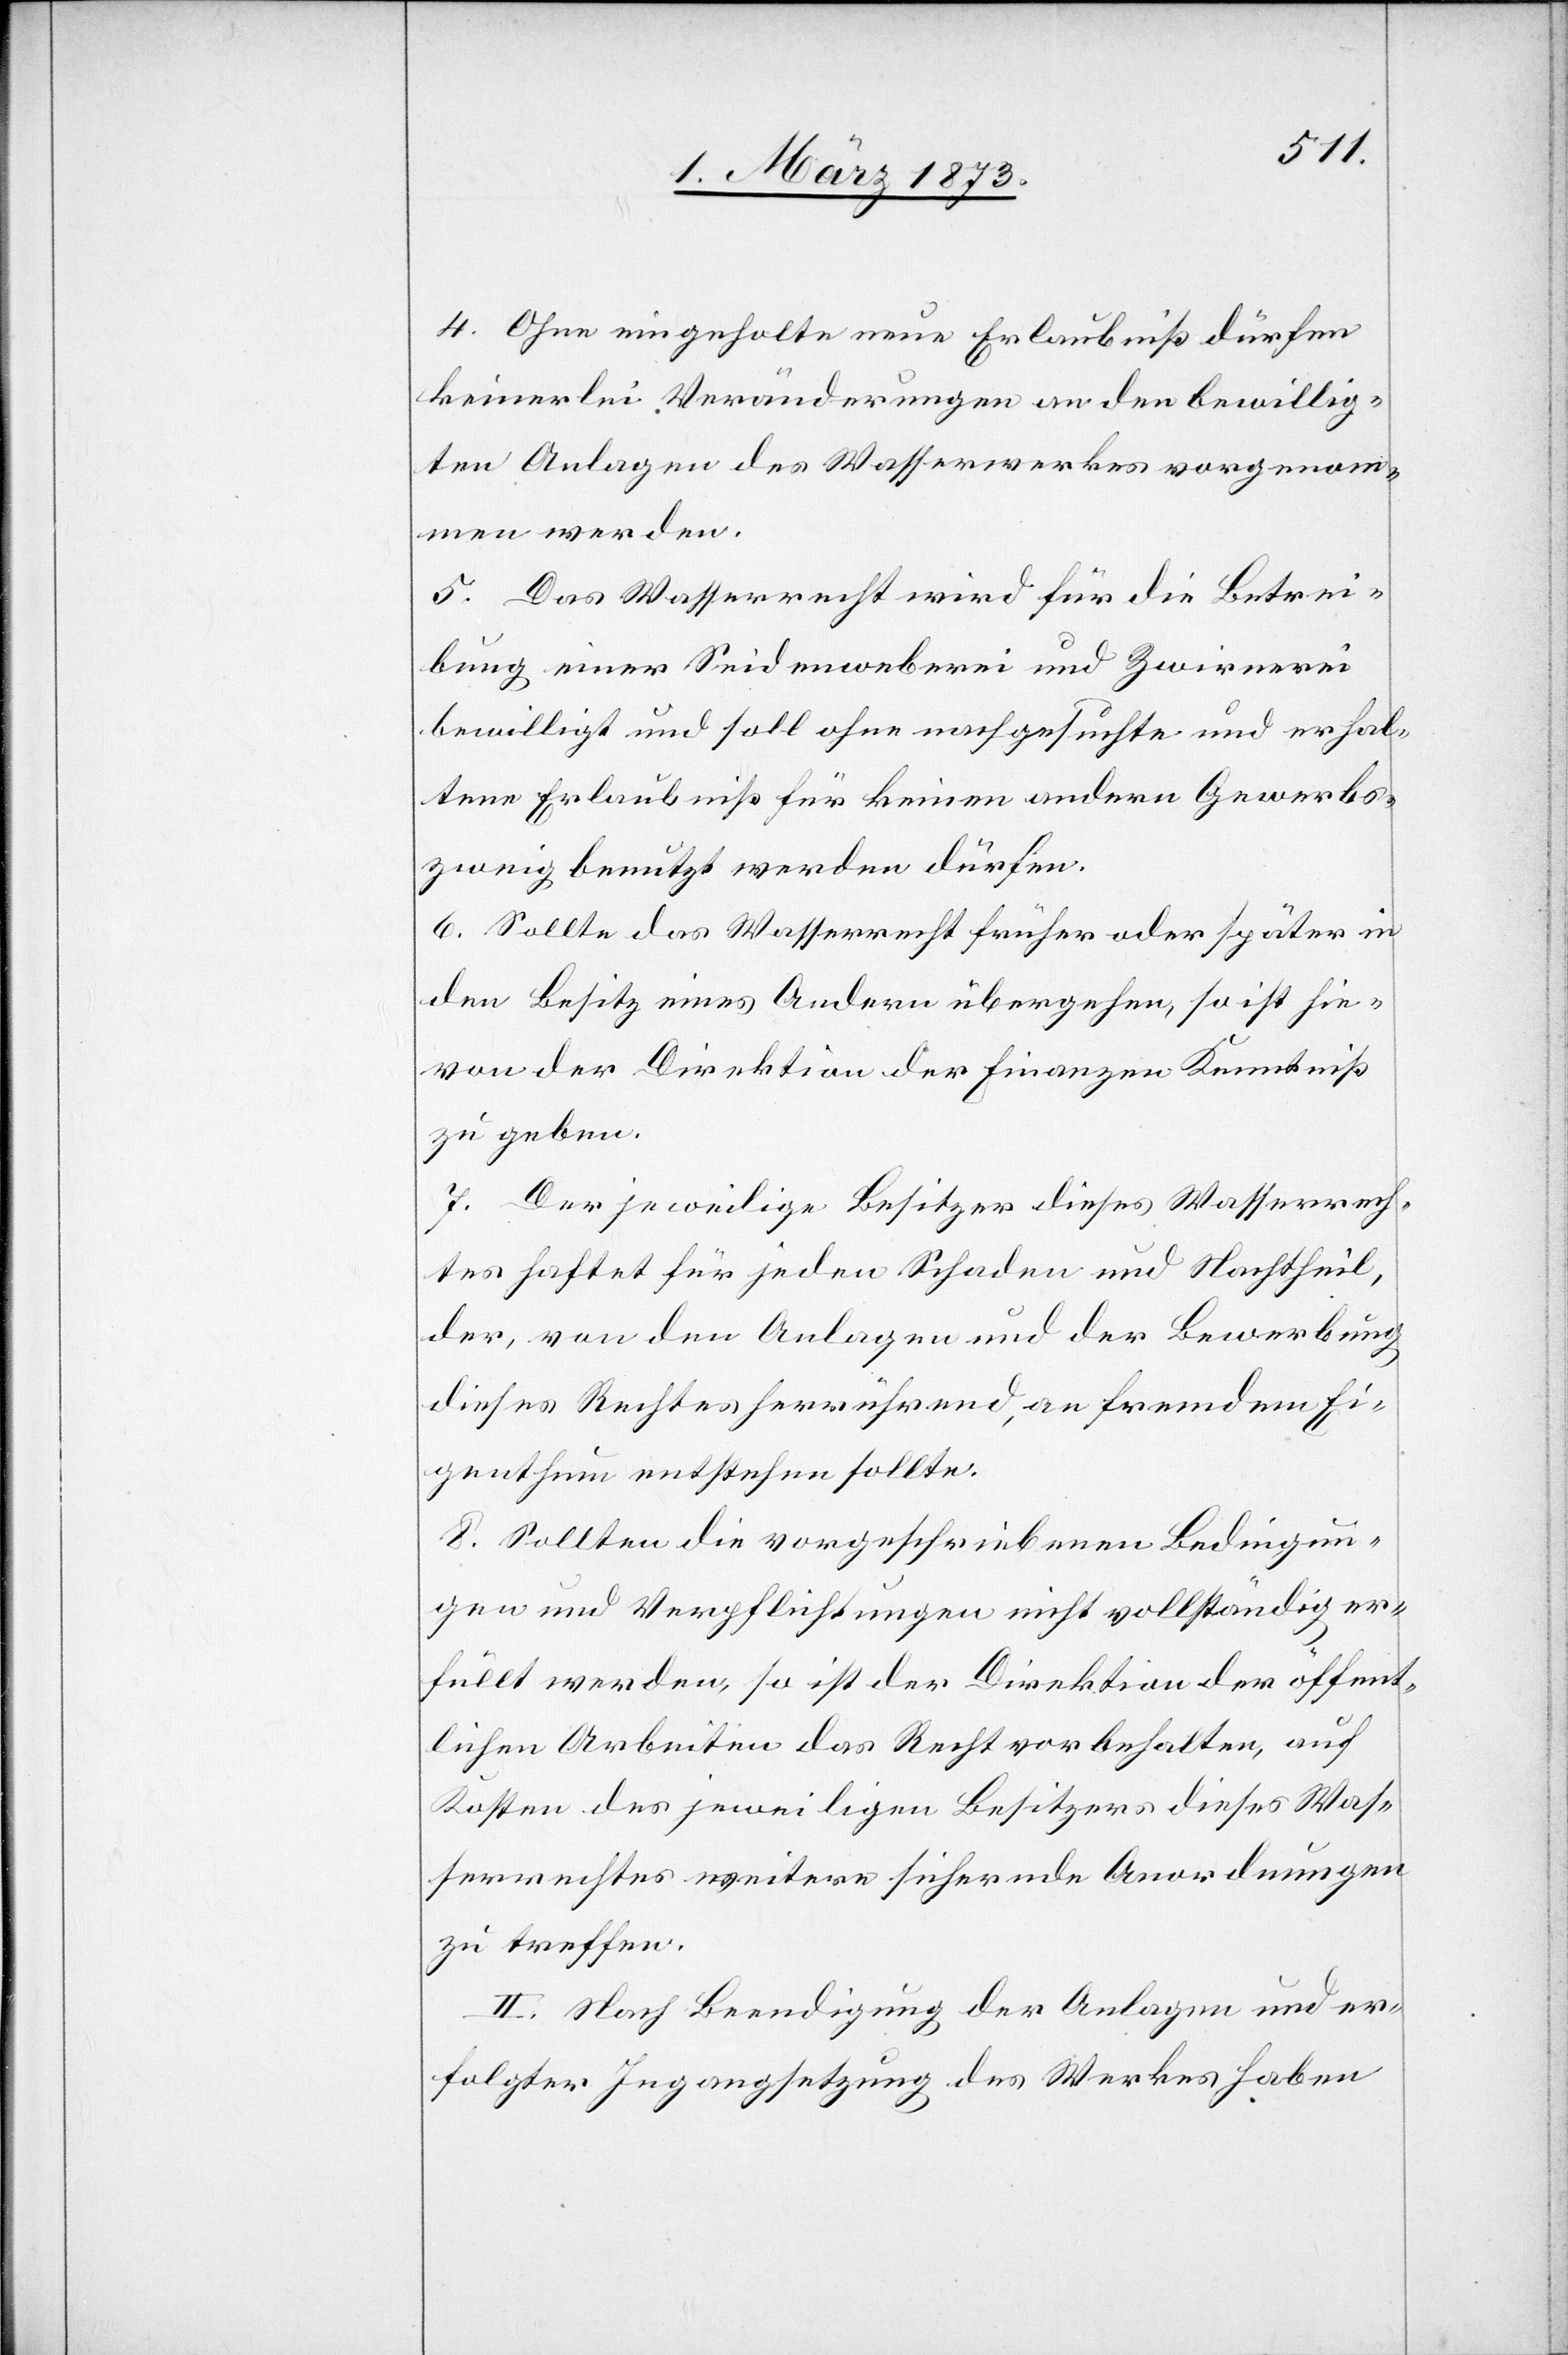
4. Ohne eingeholte neue Erlaubniß dürfen
keinerlei Veränderungen an den bewillig¬
ten Anlagen des Wasserwerkes vorgenom¬
men werden.
5. Das Wasserrecht wird für die Betrei¬
bung einer Seidenweberei und Zwirnerei
bewilligt und soll ohne nachgesuchte und erhal¬
tene Erlaubniß für keinen andern Gewerbs¬
zweig benutzt werden dürfen.
6. Sollte das Wasserrecht früher oder später in
den Besitz eines Andern übergehen, so ist hie¬
von der Direktion der Finanzen Kenntniß
zu geben.
7. Der jeweilige Besitzer dieses Wasserrech¬
tes haftet für jeden Schaden und Nachtheil,
der, von den Anlagen und der Bewerbung
dieses Rechtes herrührend, an fremdem Ei¬
genthum entstehen sollte.
8. Sollten die vorgeschriebenen Bedingun¬
gen und Verpflichtungen nicht vollständig er¬
füllt werden, so ist der Direktion der öffent¬
lichen Arbeiten das Recht vorbehalten, auf
Kosten des jeweiligen Besitzers dieses Was¬
serrechtes weitere sichernde Anordnungen
zu treffen.
II. Nach Beendigung der Anlagen und er¬
folgter Ingangsetzung des Werkes haben